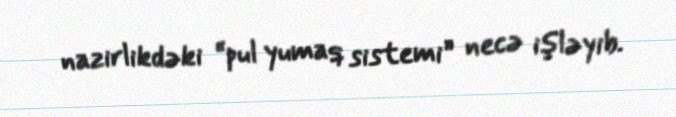
nazirlikdəki “pul yumaq sistemi” necə işləyib.